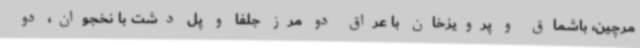
مرچین، باشماق و پرویزخان با عراق دو مرز جلفا و پل دشت با نخجوان، دو